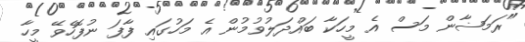
"ރަމަޟާން މަސް އެ މީހަކާ ބައްދަލުވުމުން އެ މަހުގައި ފާފަ ނުފޮހެވޭ މީހާ